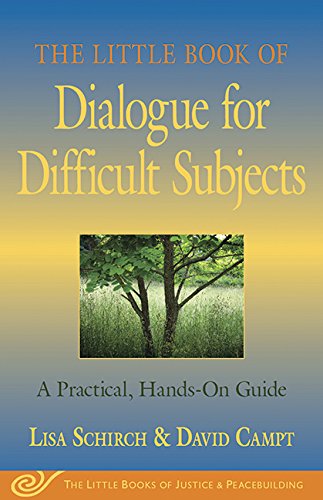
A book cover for Little Book of Dialogue for Difficult Subjects: A Practical, Hands-On Guide (Little Books of Justice & Peacebuilding); Lisa Schirch; Law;